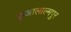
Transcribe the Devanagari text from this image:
कुआलाल्मपुर